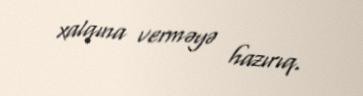
xalqına verməyə hazırıq.